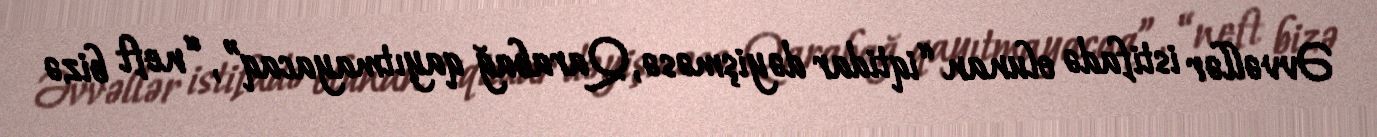
Əvvəllər istifadə olunan “iqtidar dəyişməsə, Qarabağ qayıtmayacaq”, “neft bizə